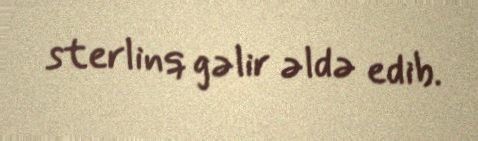
sterlinq gəlir əldə edib.